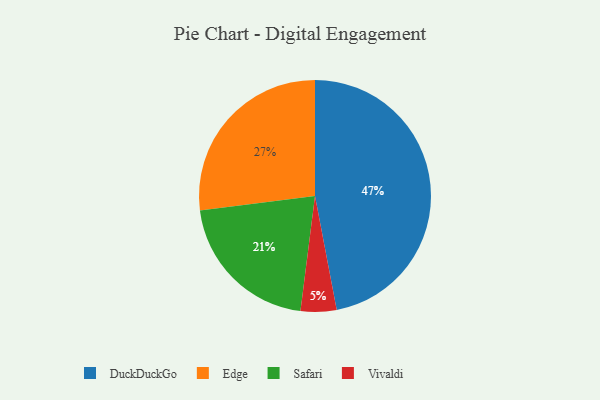
{"axis": {"x": "Category", "y": "Percentage"}, "legend": ["DuckDuckGo", "Edge", "Safari", "Vivaldi"], "data": [{"x": "Edge", "y": 27, "type": "Edge"}, {"x": "Safari", "y": 21, "type": "Safari"}, {"x": "DuckDuckGo", "y": 47, "type": "DuckDuckGo"}, {"x": "Vivaldi", "y": 5, "type": "Vivaldi"}]}